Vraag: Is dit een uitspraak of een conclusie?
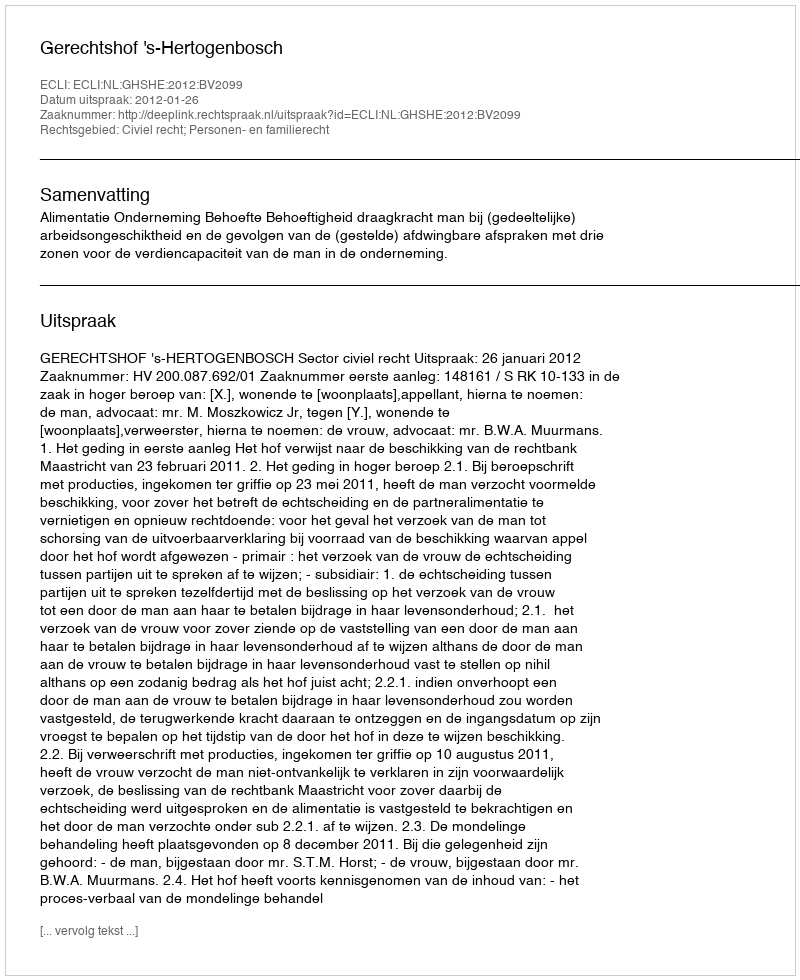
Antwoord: Uitspraak